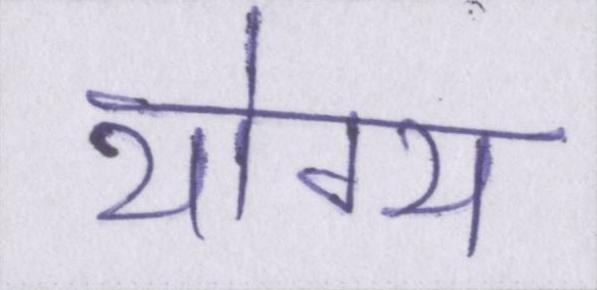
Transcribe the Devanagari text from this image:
योग्य